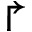
\Rsh